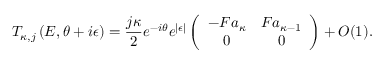
T _ { \kappa , j } \left( E , \theta + i \epsilon \right) = \frac { j \kappa } { 2 } e ^ { - i \theta } e ^ { | \epsilon | } \left( \begin{array} { c c } { - F a _ { \kappa } } & { F a _ { \kappa - 1 } } \\ { 0 } & { 0 } \end{array} \right) + O ( 1 ) .